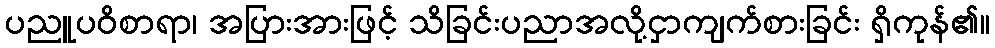
ပညူပဝိစာရာ၊ အပြားအားဖြင့် သိခြင်းပညာအလို့ငှာကျက်စားခြင်း ရှိကုန်၏။